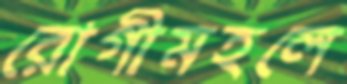
রোগীমহলে